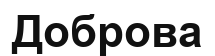
Доброва